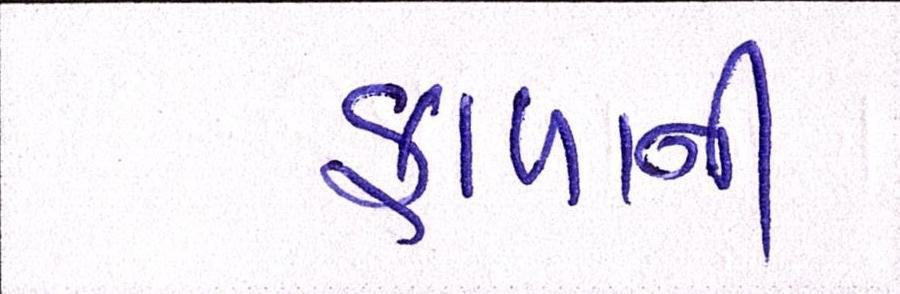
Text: ફાળાની